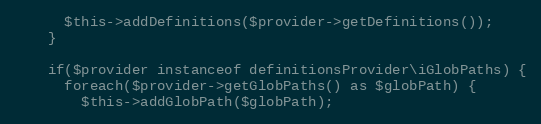
Language: PHP
      $this->addDefinitions($provider->getDefinitions());
    }

    if($provider instanceof definitionsProvider\iGlobPaths) {
      foreach($provider->getGlobPaths() as $globPath) {
        $this->addGlobPath($globPath);